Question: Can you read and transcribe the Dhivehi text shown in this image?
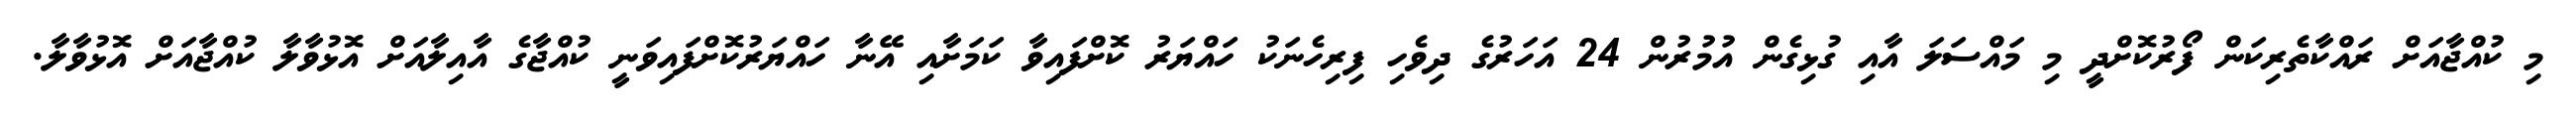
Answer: މި ކުއްޖާއަށް ރައްކާތެރިކަން ފޯރުކޮށްދީ މި މައްސަލަ އާއި ގުޅިގެން އުމުރުން 24 އަހަރުގެ ދިވެހި ފިރިހެނަކު ހައްޔަރު ކޮށްފައިވާ ކަމަށާއި އޭނާ ހައްޔަރުކޮށްފައިވަނީ ކުއްޖާގެ އާއިލާއަށް އޮޅުވާލާ ކުއްޖާއަށް އޮޅުވާލާ.